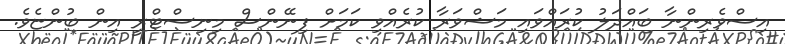
އިސްވެރިންނާ ބައްދަލު ކުރައްވައި މަޝްވަރާ ކުރެއްވި ކަމަށް ފިނޭންސް މިނިސްޓްރީ އިން ބުންޏެވެ.